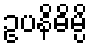
ဥပနိဓိမ္ပိ